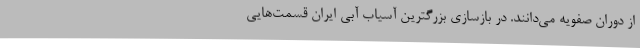
از دوران صفویه می‌دانند. در بازسازی بزرگترین آسیاب آبی ایران قسمت‌هایی